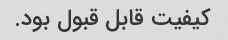
کیفیت قابل قبول بود.